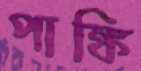
পাঙ্কি